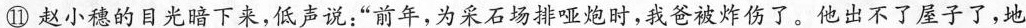
四赵小稳的目光暗下来，低声说:“前年，为采石场排哑炮时，我爸被炸伤了。他出不了屋子了。地